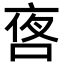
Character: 㖱